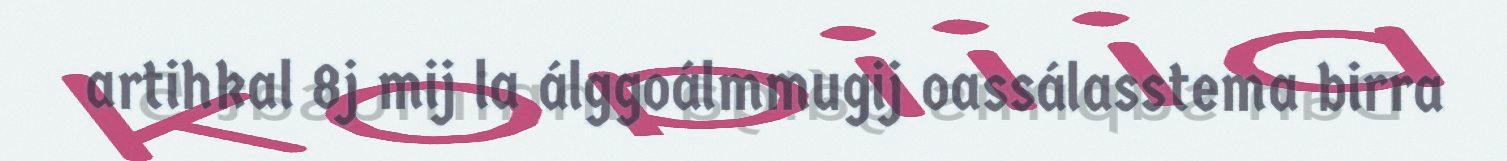
artihkal 8j mij la álggoálmmugij oassálasstema birra